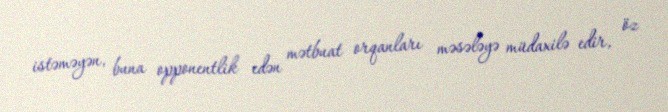
istəməyən, buna opponentlik edən mətbuat orqanları məsələyə müdaxilə edir, öz